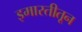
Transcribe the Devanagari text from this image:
इमारतीतून